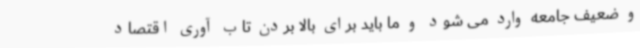
و ضعیف جامعه وارد می شود و ما باید برای بالا بردن تاب آوری اقتصاد